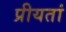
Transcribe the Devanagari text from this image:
प्रीयतां